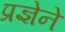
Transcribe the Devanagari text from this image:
प्रज्ञेने